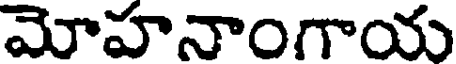
మోహనాంగాయ